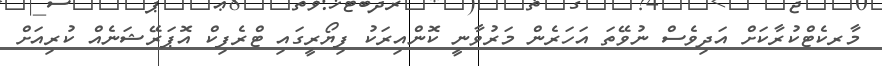
މާރކެޓްކުރާކަށް އަދިވެސް ނުވޭތަ އަހަރެން މަރުވާނީ ކޮންއިރަކު ފިޔޯރީގައި ޓްރެފިކް އޮޕަރޭޝަނެއް ކުރިއަށް